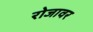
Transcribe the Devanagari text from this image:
रोजावर